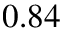
0 . 8 4